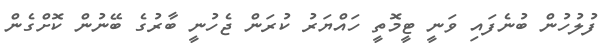
ފުލުހުން ބުނެފައި ވަނީ ޓީމޮތީ ހައްޔަރު ކުރަން ޖެހުނީ ބާރުގެ ބޭނުން ކޮށްގެން